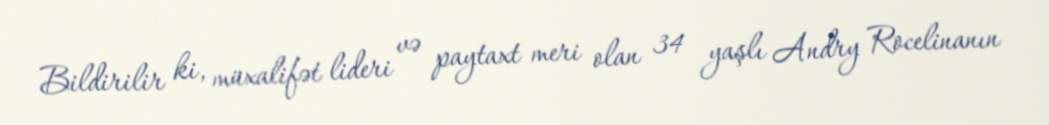
Bildirilir ki, müxalifət lideri və paytaxt meri olan 34 yaşlı Andry Rocelinanın